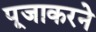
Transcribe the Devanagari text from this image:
पूजाकरने